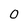
Character: 0